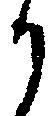
か